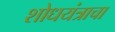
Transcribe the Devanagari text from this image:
शोधयंत्राचा